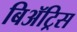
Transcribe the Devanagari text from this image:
बिॲट्रिस